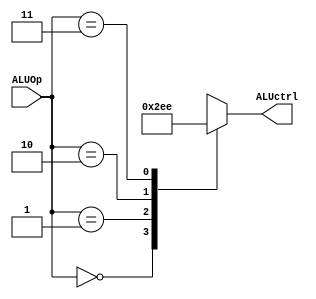
module ALU_Control (ALUOp,ALUctrl);
	input [1:0] ALUOp;
	output reg [2:0] ALUctrl;
	
	always @(*)
	 begin
		case(ALUOp)
			0: ALUctrl= 3'b001;
			1: ALUctrl= 3'b011;
			2: ALUctrl=3'b101;
			3: ALUctrl=3'b110;
			default: ALUctrl=3'bz;
		endcase
	 end
endmodule